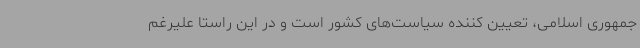
جمهوری اسلامی، تعیین کننده سیاست‌های کشور است و در این راستا علیرغم